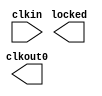
module vgapll(
    input clkin, // 12 MHz, 0 deg
    output clkout0, // 50.2857 MHz, 0 deg
    output locked
);

`ifdef ECP5
wire clkfb;
wire clkos;
wire clkop;
(* ICP_CURRENT="12" *) (* LPF_RESISTOR="8" *) (* MFG_ENABLE_FILTEROPAMP="1" *) (* MFG_GMCREF_SEL="2" *)
EHXPLLL #(
        .PLLRST_ENA("DISABLED"),
        .INTFB_WAKE("DISABLED"),
        .STDBY_ENABLE("DISABLED"),
        .DPHASE_SOURCE("DISABLED"),
        .CLKOP_FPHASE(0),
        .CLKOP_CPHASE(9),
        .OUTDIVIDER_MUXA("DIVA"),
        .CLKOP_ENABLE("ENABLED"),
        .CLKOP_DIV(44),
        .CLKOS_ENABLE("ENABLED"),
        .CLKOS_DIV(14),
        .CLKOS_CPHASE(0),
        .CLKOS_FPHASE(0),
        .CLKFB_DIV(4),
        .CLKI_DIV(3),
        .FEEDBK_PATH("INT_OP")
    ) pll_i (
        .CLKI(clkin),
        .CLKFB(clkfb),
        .CLKINTFB(clkfb),
        .CLKOP(clkop),
        .CLKOS(clkos),
        .RST(1'b0),
        .STDBY(1'b0),
        .PHASESEL0(1'b0),
        .PHASESEL1(1'b0),
        .PHASEDIR(1'b0),
        .PHASESTEP(1'b0),
        .PLLWAKESYNC(1'b0),
        .ENCLKOP(1'b0),
        .LOCK(locked)
	);
assign clkout0 = clkos;
`endif 
`ifdef ICE40
wire clkos;
SB_PLL40_CORE #(
        .FEEDBACK_PATH("SIMPLE"),
        .DIVR(4'b0000),
        .DIVF(7'b1000010),
        .DIVQ(3'b100),
        .FILTER_RANGE(3'b001)
    ) uut (
        .RESETB(1'b1),
        .BYPASS(1'b0),
        .REFERENCECLK(clkin),
        .PLLOUTCORE(clkos));
assign clkout0 = clkos;
`endif
`ifdef IVERILOG
assign clkout0 = clkin;
`endif
endmodule